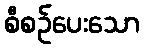
စီစဉ်ပေးသော